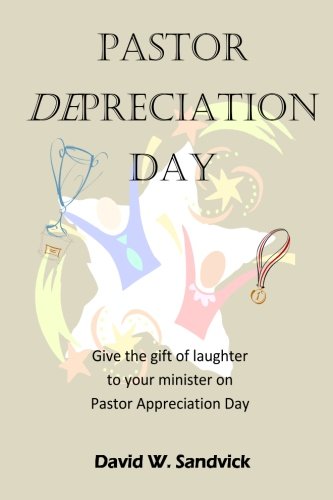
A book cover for Pastor Depreciation Day: Give the Gift of Laughter to Your Minister on Pastor Appreciation Day; Rev. David W Sandvick; Humor & Entertainment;